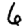
Digit: 6